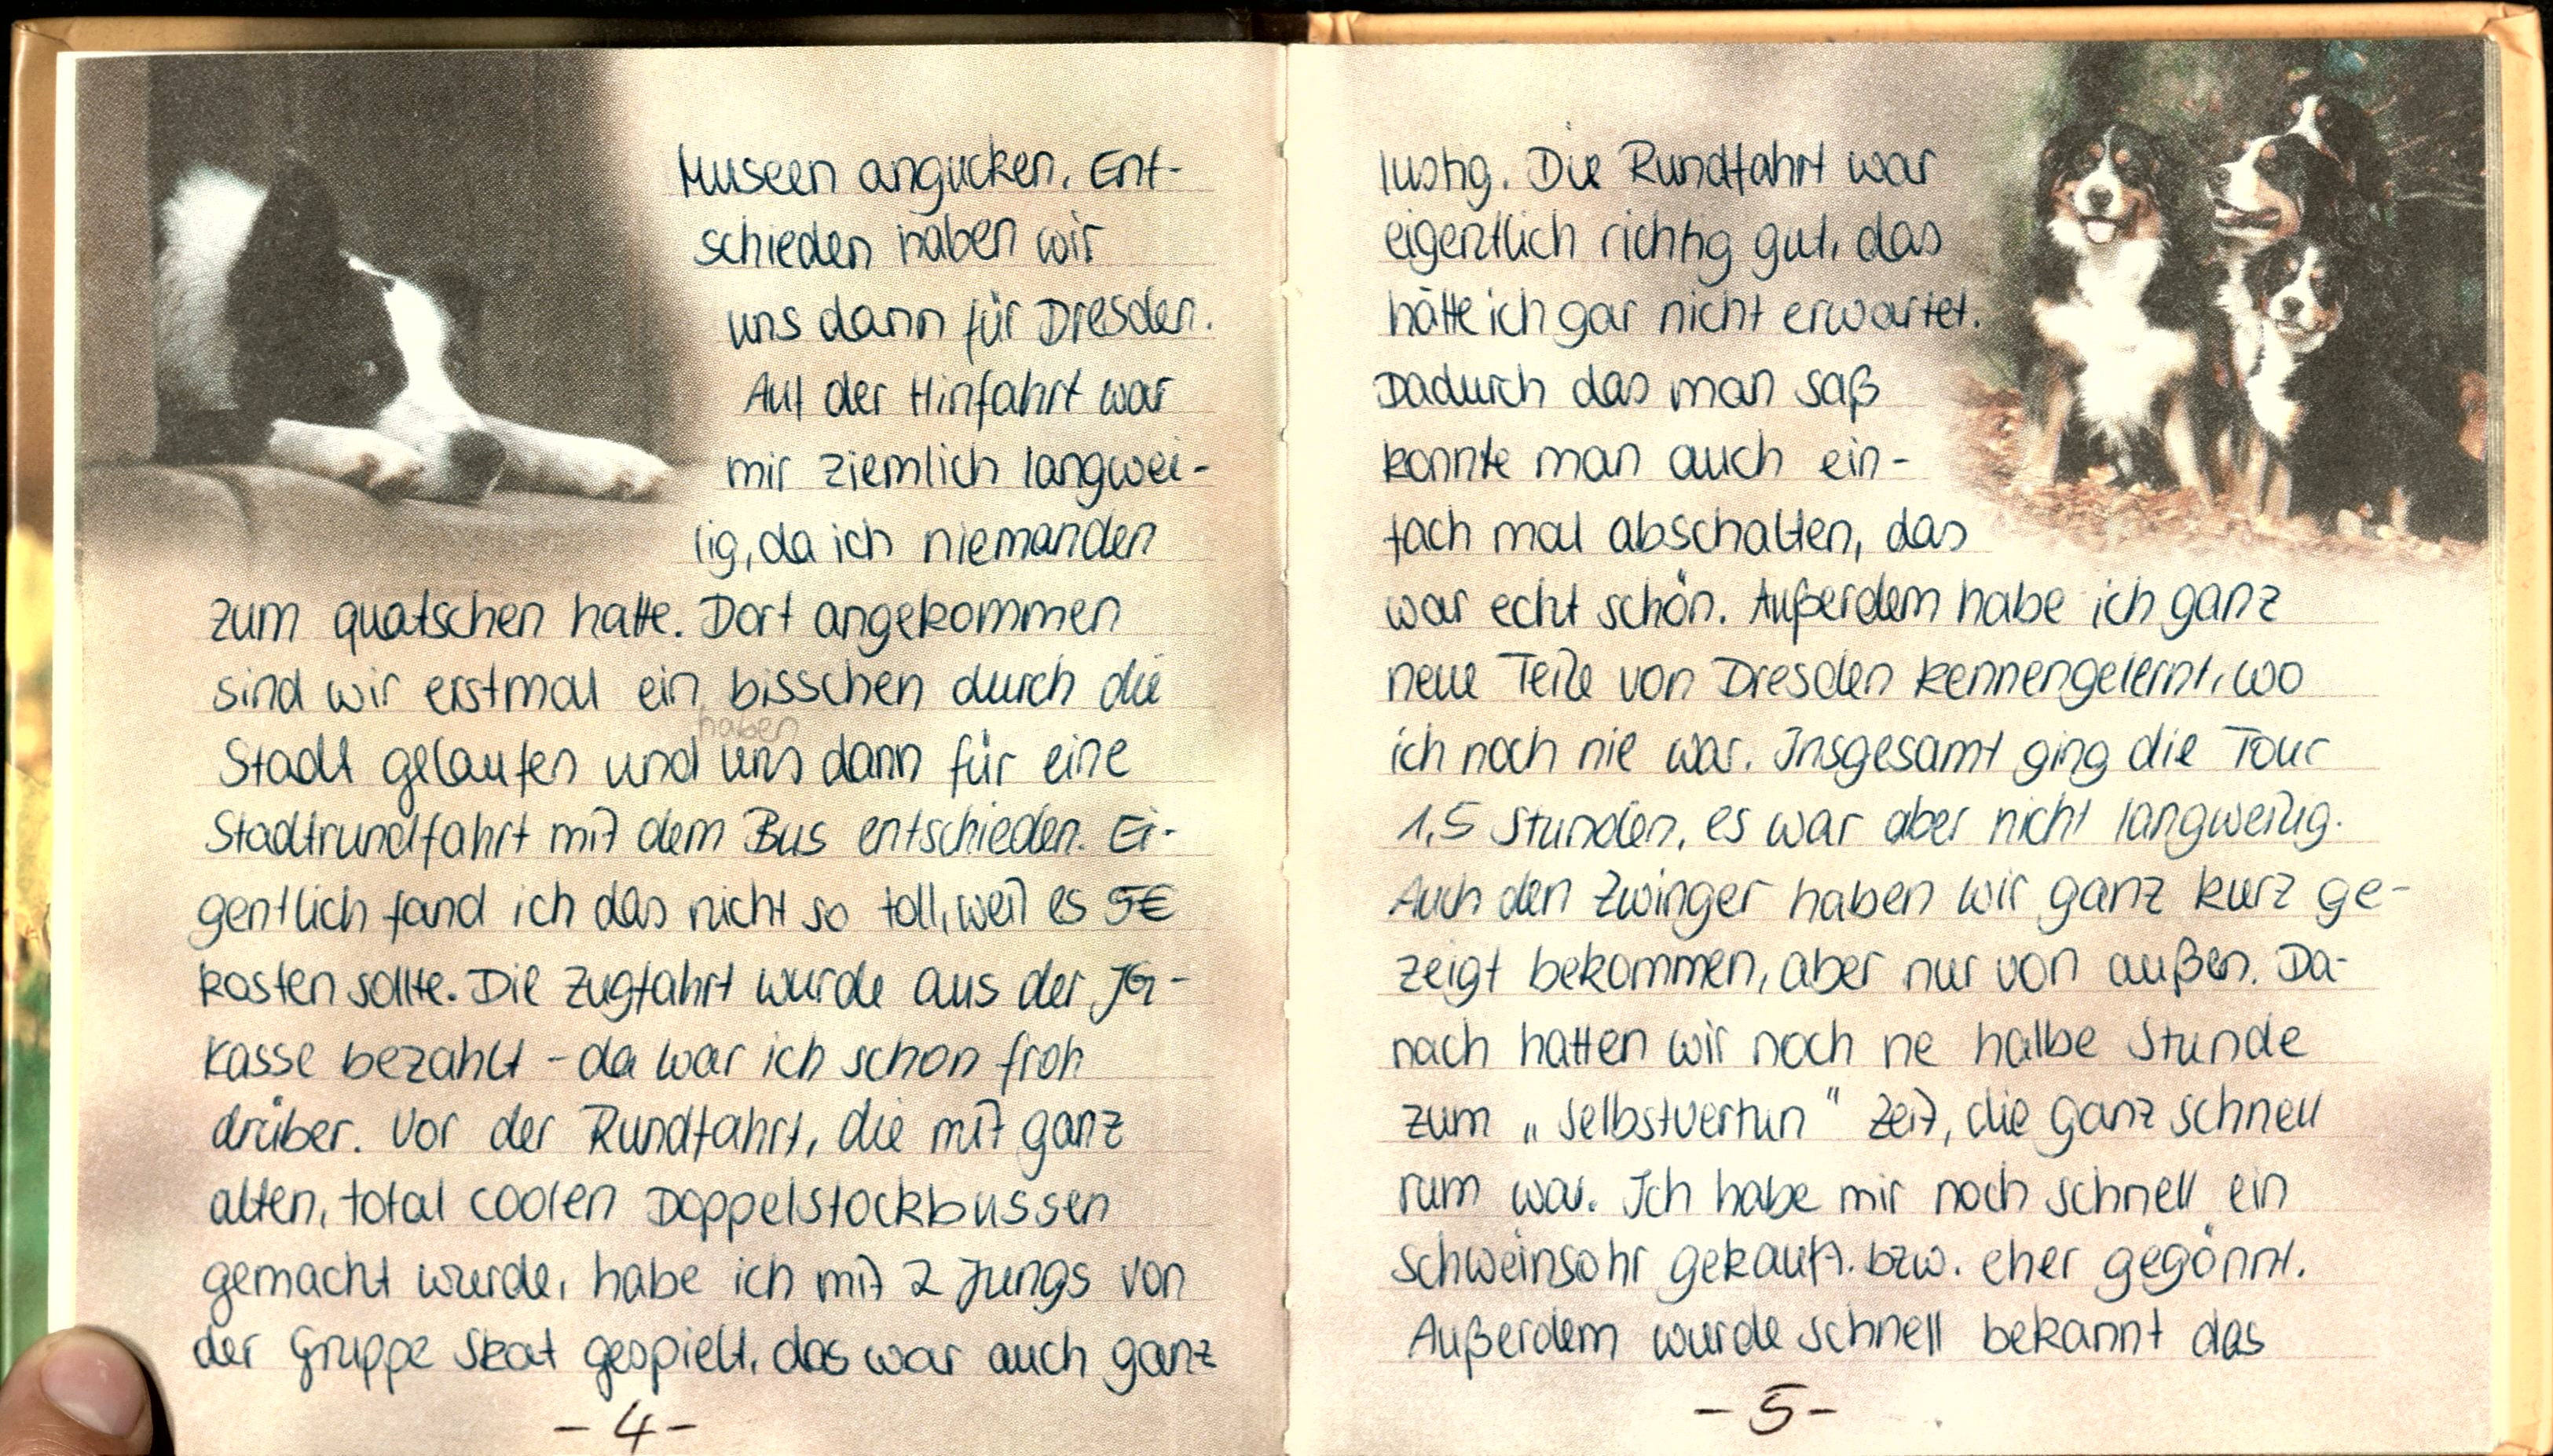
Museen angucken. Ent-
schieden haben wir
uns dann für Dresden.
Auf der Hinfahrt war
mir ziemlich langwel-
lig, da ich niemanden
zum quatschen hatte. Dort angekommen
sind wir erstmal ein bisschen durch die
Stadt gelaufen und uns dann für eine
Stadtrundfahrt mit dem Bus entschieden. Ei-
gentlich fand ich das nicht so toll, weil es 5€
kosten sollte. Die Zugfahrt wurde aus der JG-
Kasse bezahlt - da war ich schon froh
drüber. Vor der Rundfahrt, die mit ganz
alten, total coolen Doppelstockbussen
gemacht wurde, habe ich mit 2 Jungs von
der Gruppe Skat gespielt, das war auch ganz

lustig. Die Rundfahrt war
eigentlich richtig gut, dass
hätte ich gar nicht erwartet
Dadurch das man saß
konnte man auch ein-
fach mal abschalten, das
war echt schön. Außerdem habe ich ganz
neue Teile von Dresden kennengelernt, wo
ich noch nie war. Insgesamt ging die Tour
1,5 Stunden, es war aber nicht langweilig.
Auch den Zwinger haben wir ganz kurz ge-
zeigt bekommen, aber nur von außen. Da-
nach hatten wir noch ne halbe Stunde
zum „Selbstvertun" Zeit, die ganz schnell
rum war. Ich habe mir noch schnell ein
Schweinsohr gekauft. bzw. eher gegönnt.
Außerdem wurde schnell bekannt das